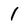
Character: 1